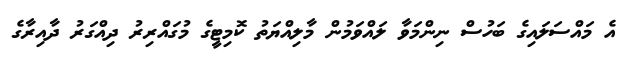
އެ މައްސަލައިގެ ބަހުސް ނިންމަވާ ލައްވަމުން މާލިއްޔަތު ކޮމިޓީގެ މުގައްރިރު ދިއްގަރު ދާއިރާގެ